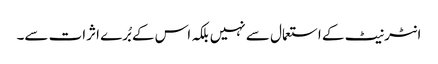
انٹرنیٹ کے استعمال سے نہیں بلکہ اس کے بُرے اثرات سے۔